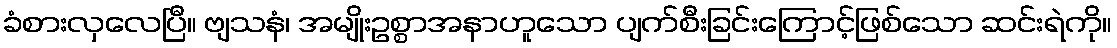
ခံစားလှလေပြီ။ ဗျသနံ၊ အမျိုးဥစ္စာအနာဟူသော ပျက်စီးခြင်းကြောင့်ဖြစ်သော ဆင်းရဲကို။